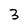
Character: 3